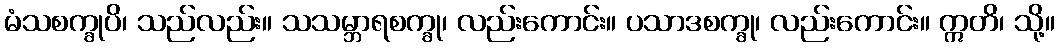
မံသစက္ခုပိ၊ သည်လည်း။ သသမ္ဘာရစက္ခု၊ လည်းကောင်း။ ပသာဒစက္ခု၊ လည်းကောင်း။ ဣတိ၊ သို့။